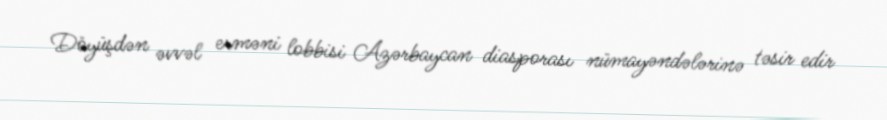
Döyüşdən əvvəl erməni lobbisi Azərbaycan diasporası nümayəndələrinə təsir edir